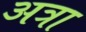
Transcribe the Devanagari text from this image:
अत्रा